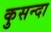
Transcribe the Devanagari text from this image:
कुसन्दा